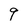
Character: 9